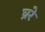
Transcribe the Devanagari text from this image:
घ्ररे